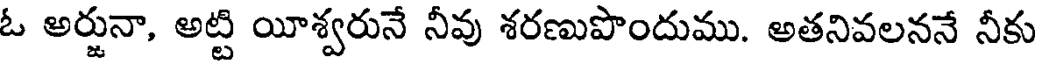
ఓ అర్జునా, అట్టి యీశ్వరునే నీవు శరణుపొందుము. అతనివలననే నీకు